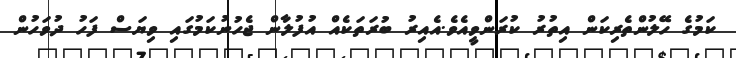
ކަމުގެ ހޭލުންތެރިކަން އިތުރު ކުރަންވީއެވެ.އެއިރު ބުރަތަކެއް އުފުލާން ޖެހުނުކަމުގައި ވިޔަސް ފަހު ދުވަހުން